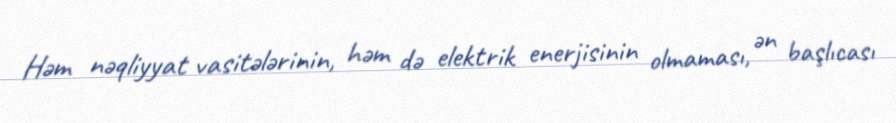
Həm nəqliyyat vasitələrinin, həm də elektrik enerjisinin olmaması, ən başlıcası